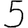
Digit: 5